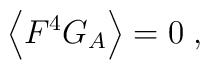
\left\langle F^{4}G_{A}\right\rangle =0\;,